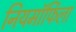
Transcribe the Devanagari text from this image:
नियमॉर्फिला